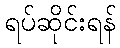
ရပ်ဆိုင်းရန်